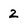
Character: 2